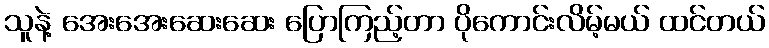
သူနဲ့ အေးအေးဆေးဆေး ပြောကြည့်တာ ပိုကောင်းလိမ့်မယ် ထင်တယ်